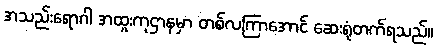
အသည်းရောဂါ အထူးကုဌာနမှာ တစ်လကြာအောင် ဆေးရုံတက်ရသည်။